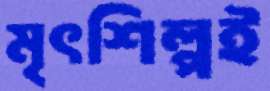
মৃৎশিল্পই